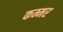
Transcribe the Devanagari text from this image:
कम्मर